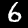
Label: 6